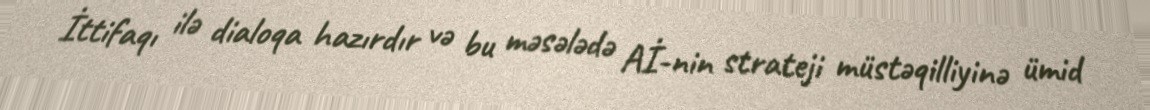
İttifaqı ilə dialoqa hazırdır və bu məsələdə Aİ-nin strateji müstəqilliyinə ümid